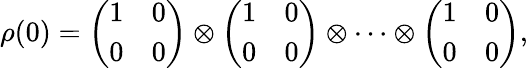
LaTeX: \rho(0)=\left(\begin{array}{ll}{1}&{0}\\ {0}&{0}\end{array}\right)\otimes\left(\begin{array}{ll}{1}&{0}\\ {0}&{0}\end{array}\right)\otimes\cdots\otimes\left(\begin{array}{ll}{1}&{0}\\ {0}&{0}\end{array}\right),